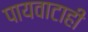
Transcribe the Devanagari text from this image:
पायवाटाही